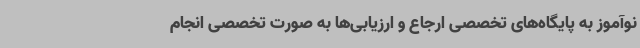
نوآموز به پایگاه‌های تخصصی ارجاع و ارزیابی‌ها به صورت تخصصی انجام